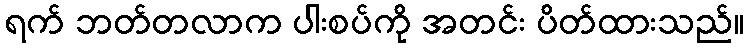
ရက် ဘတ်တလာက ပါးစပ်ကို အတင်း ပိတ်ထားသည်။